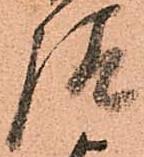
請